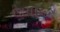
છાયાનટ